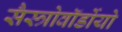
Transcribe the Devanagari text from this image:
सैस्त्रोवॉर्डोयो